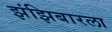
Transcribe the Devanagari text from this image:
झंझिबारला